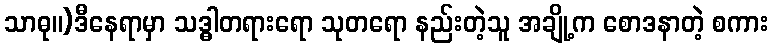
သာဓု။)ဒီနေရာမှာ သဒ္ဓါတရားရော သုတရော နည်းတဲ့သူ အချို့က စောဒနာတဲ့ စကား